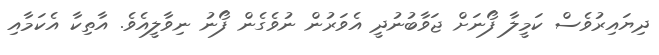
ދިޔައިރުވެސް ކަމީލާ ފޯނަށް ޖަވާބުނުދީ އެވަރުން ނުވެގެން ފޯނު ނިވާލީއެވެ. އާތިކާ އެކަމާއި